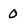
Character: O